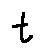
t